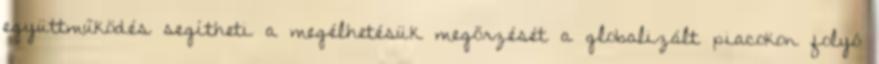
együttműködés segítheti a megélhetésük megőrzését a globalizált piacokon folyó